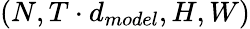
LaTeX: (N,T\cdot d_{model},H,W)